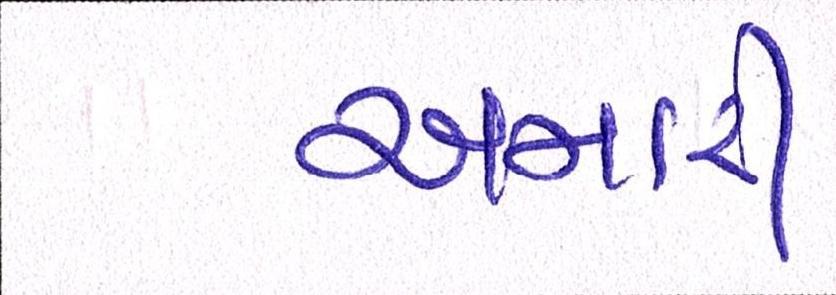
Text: અમારી